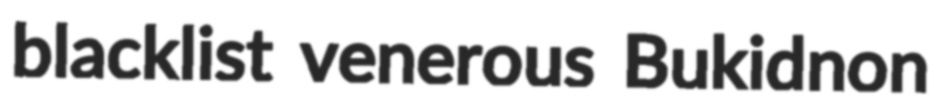
blacklist venerous Bukidnon